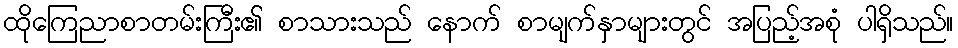
ထိုကြေညာစာတမ်းကြီး၏ စာသားသည် နောက် စာမျက်နှာများတွင် အပြည့်အစုံ ပါရှိသည်။